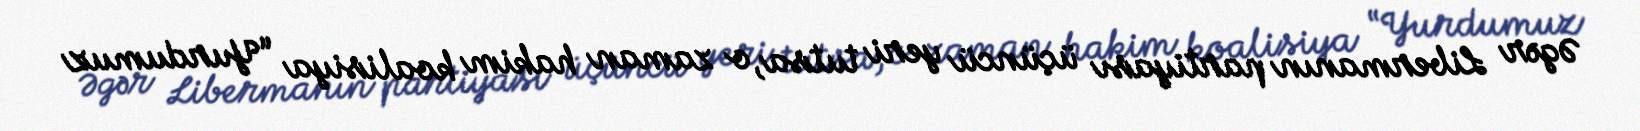
Əgər Libermanın partiyası üçüncü yeri tutsa, o zaman hakim koalisiya “Yurdumuz